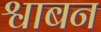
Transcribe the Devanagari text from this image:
श्वाबन